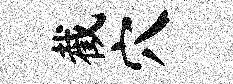
截穴